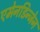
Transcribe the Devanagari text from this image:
एमेनडिन्जेन